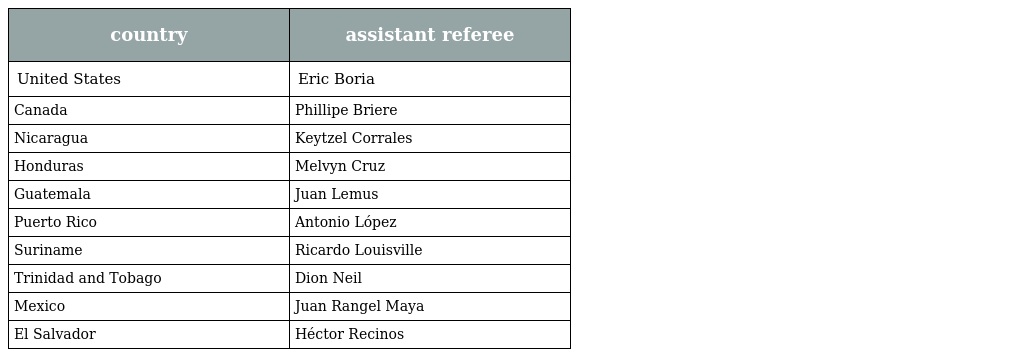
| country | assistant referee |
 | --- | --- |
 | United States | Eric Boria |
 | Canada | Phillipe Briere |
 | Nicaragua | Keytzel Corrales |
 | Honduras | Melvyn Cruz |
 | Guatemala | Juan Lemus |
 | Puerto Rico | Antonio López |
 | Suriname | Ricardo Louisville |
 | Trinidad and Tobago | Dion Neil |
 | Mexico | Juan Rangel Maya |
 | El Salvador | Héctor Recinos |